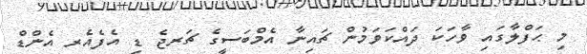
މި ޙަފްލާގައި ވާހަކަ ދައްކަވަމުން ޗައިނާ އެމްބަސީގެ ޗަރޖެ ޑި އެފެއެރ އެންޑް